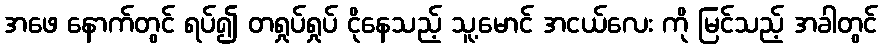
အဖေ နောက်တွင် ရပ်၍ တရှုပ်ရှုပ် ငိုနေသည့် သူ့မောင် အငယ်လေး ကို မြင်သည့် အခါတွင်